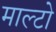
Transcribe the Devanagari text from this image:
माल्टो